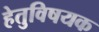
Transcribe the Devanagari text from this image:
हेतुविषयक